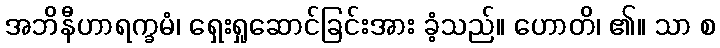
အဘိနီဟာရက္ခမံ၊ ရှေးရှုဆောင်ခြင်းအား ခံ့သည်။ ဟောတိ၊ ၏။ သာ စ